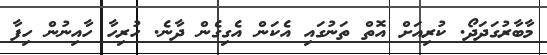
މާބާރުގަދަދޯ. ކުރިއަށް އޮތް ތަނުގައި އެކަން އެގިގެން ދާނެ. ހުރިހާ ހާއިނުން ހިފާ